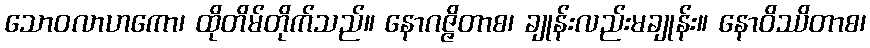
သောဝလာဟကော၊ ထိုတိမ်တိုက်သည်။ နောဂဇ္ဇိတာစ၊ ချုန်းလည်းမချုန်း။ နောဝိဿိတာစ၊